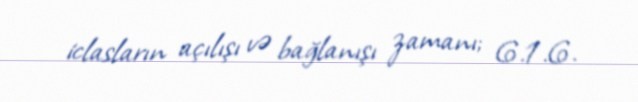
iclasların açılışı və bağlanışı zamanı; 6.1.6.